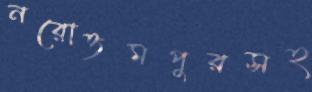
নরোত্তমপুরসহ